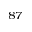
^ { 8 7 }